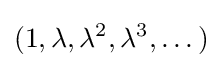
(1,\lambda ,\lambda ^{2},\lambda ^{3},\dots )